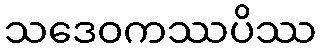
သဒေဝကဿပိဿ